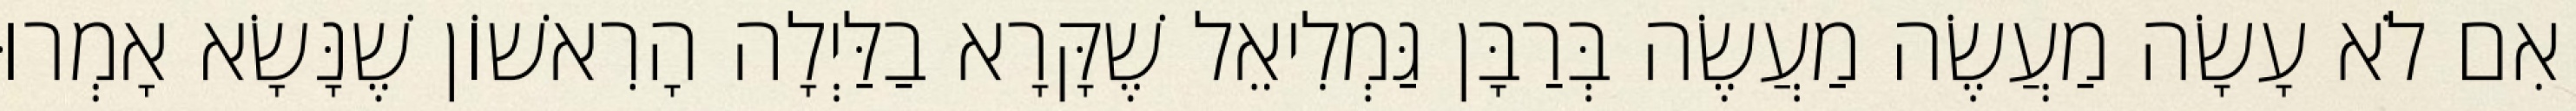
אִם לֹא עָשָׂה מַעֲשֶׂה מַעֲשֶׂה בְּרַבָּן גַּמְלִיאֵל שֶׁקָּרָא בַלַּיְלָה הָרִאשׁוֹן שֶׁנָּשָׂא אָמְרוּ